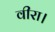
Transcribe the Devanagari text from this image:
वीरा।